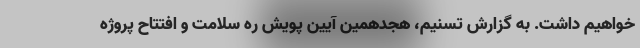
خواهیم داشت. به گزارش تسنیم، هجدهمین آیین پویش ره سلامت و افتتاح پروژه